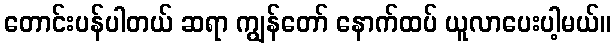
တောင်းပန်ပါတယ် ဆရာ ကျွန်တော် နောက်ထပ် ယူလာပေးပါ့မယ်။